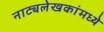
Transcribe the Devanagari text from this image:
नाट्यलेखकांमध्ये